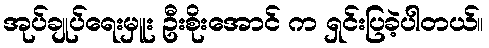
အုပ်ချုပ်ရေးမှူး ဦးစိုးအောင် က ရှင်းပြခဲ့ပါတယ်။